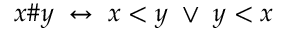
x \# y \; \leftrightarrow \; x < y \; \vee \; y < x